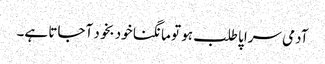
آدمی سراپا طلب ہو تو مانگنا خود بخود آجاتا ہے۔